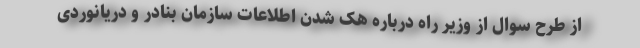
از طرح سوال از وزیر راه درباره هک شدن اطلاعات سازمان بنادر و دریانوردی